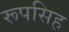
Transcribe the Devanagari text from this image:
रूपसिह